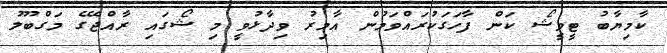
ކާމިޔާބު ޓީވީޝޯ ކަން ފާހަގަކުރައްވަމުން އާމިރު ވިދާޅުވީ މި ޝޯގައި ރާއްޖޭގެ މަގްބޫލު